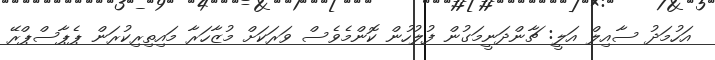
އަހުމަދު ސާއިލް އަލީ: ޗާންދަނީމަގުން ފުލުހުން ކޮންމެވެސް ވަރަކަށް މުޒާހަރާ މައިތިރިކުރަން ޕެޕާސްޕްރޭ